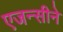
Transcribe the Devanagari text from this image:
एजन्सीने